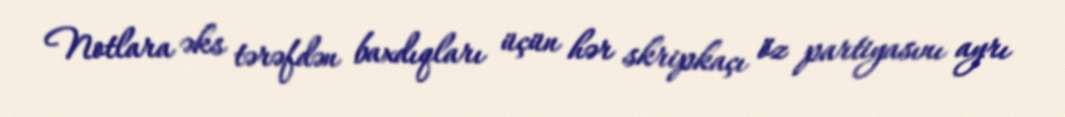
Notlara əks tərəfdən baxdıqları üçün hər skripkaçı öz partiyasını ayrı